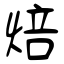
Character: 焙